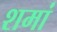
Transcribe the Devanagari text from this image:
शमां